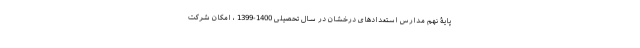
پایۀ نهم مدارس استعدادهای درخشان در سال تحصیلی 1400-1399 ، امکان شرکت